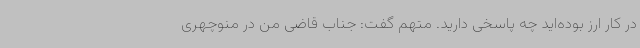
در کار ارز بوده‌اید چه پاسخی دارید. متهم گفت: جناب قاضی من در منوچهری